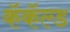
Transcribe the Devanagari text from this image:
कॅकॅल्ड